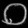
Digit: ၀